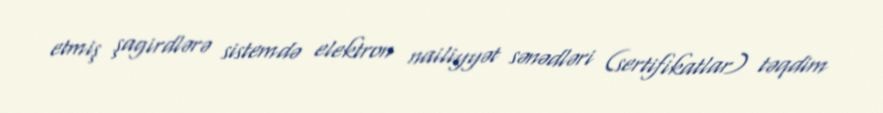
etmiş şagirdlərə sistemdə elektron nailiyyət sənədləri (sertifikatlar) təqdim